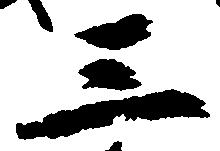
三